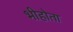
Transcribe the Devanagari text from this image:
भीहोता